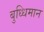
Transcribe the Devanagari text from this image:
बुध्धिमान